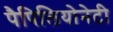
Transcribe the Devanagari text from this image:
पैपिलियोनेटी